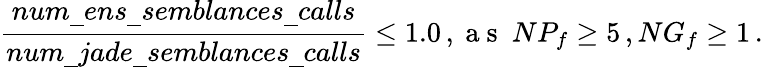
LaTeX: \frac{num\underline{\ }ens\underline{\ }semblances\underline{\ }calls}{num\underline{\ }jade\underline{\ }semblances\underline{\ }calls}\le 1.0\, ,\mathrm{~a~s~\ }NP_{f}\ge 5\, ,NG_{f}\ge 1\, .